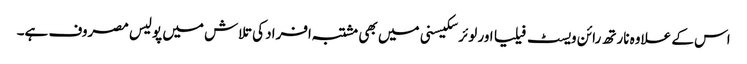
اس کے علاوہ نارتھ رائن ویسٹ فیلیا اور لوئر سکیسنی میں بھی مشتبہ افراد کی تلاش میں پولیس مصروف ہے۔